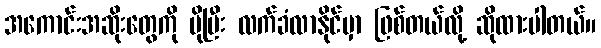
အကောင်းအဆိုးတွေကို ပိုပြီး လက်ခံလာနိုင်မှာ ဖြစ်တယ်လို့ ဆိုထားပါတယ်။